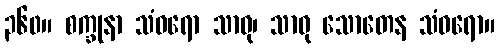
၃၆၀။ စက္ခုနာ သံဝရော သာဓု၊ သာဓု သောတေန သံဝရော။